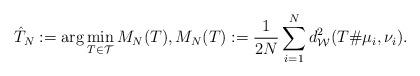
LaTeX: \begin{align*}{} \hat{T}_N:=\arg\min_{T \in \mathcal{T}} M_N(T), M_N(T):= \frac{1}{2N} \sum_{i=1}^N d^2_{\mathcal{W}}(T\# \mu_i,\nu_i).\end{align*}